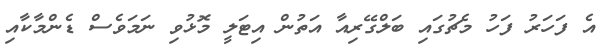
އެ ފަހަރު ފަހު މެޗުގައި ބަލްގޭރިއާ އަތުން އިޓަލީ މޮޅުވި ނަމަވެސް ޑެންމާކާއި